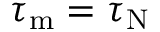
\tau _ { \mathrm { m } } = \tau _ { \mathrm { N } }